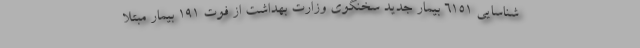
شناسایی ۶۱۵۱ بیمار جدید سخنگوی وزارت بهداشت از فوت ۱۹۱ بیمار مبتلا